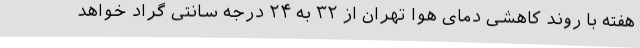
هفته با روند کاهشی دمای هوا تهران از ۳۲ به ۲۴ درجه سانتی گراد خواهد